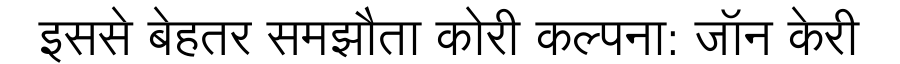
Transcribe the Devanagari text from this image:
इससे बेहतर समझौता कोरी कल्पना: जॉन केरी